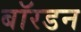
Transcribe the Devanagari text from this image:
बॉरडन